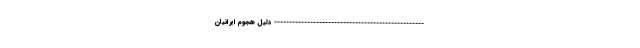
-------------------------------------------------- دلیل هجوم ایرانیان